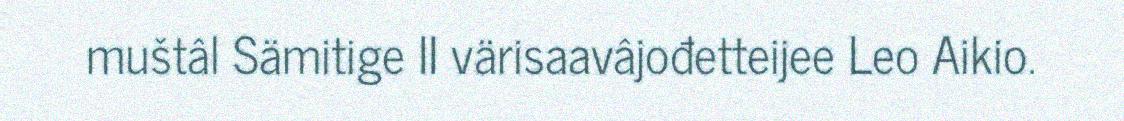
muštâl Sämitige II värisaavâjođetteijee Leo Aikio.